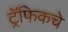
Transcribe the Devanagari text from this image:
ट्रॅफिकचे